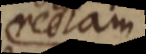
rectam